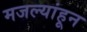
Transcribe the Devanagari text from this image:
मजल्यांहून